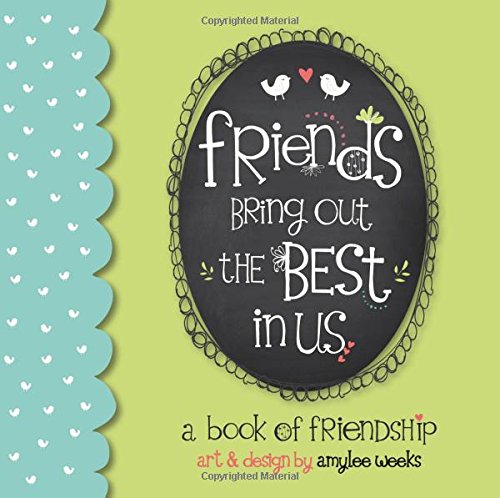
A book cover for Friends Bring Out the Best In Us: a book of friendship; Amylee Weeks; Self-Help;